Cholera in India, 1862 to 1881
Year: 1862
Disease focus: Cholera
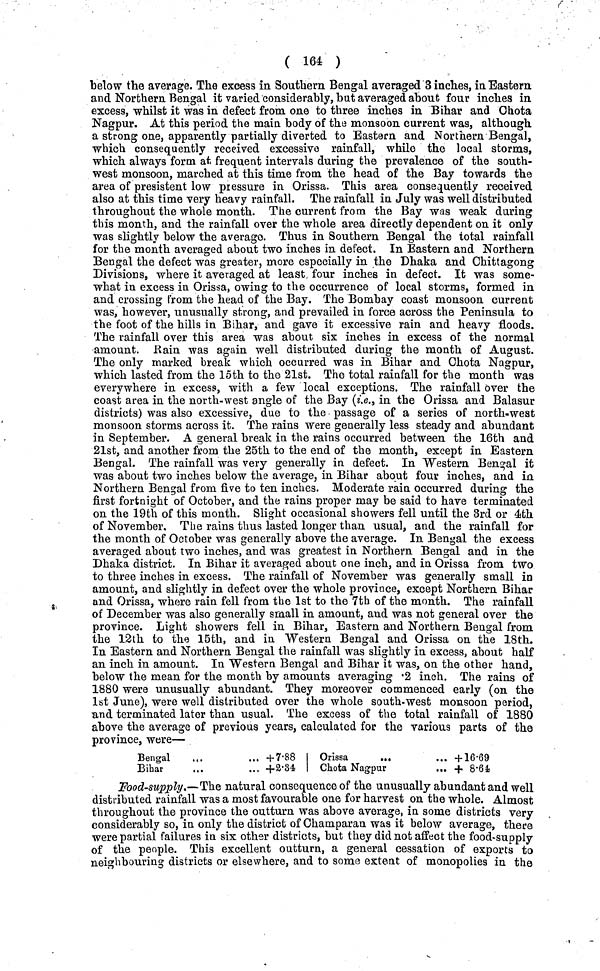
( 164 )
below the average. The excess in Southern Bengal averaged 3 inches, in Eastern
and Northern Bengal it varied considerably, bat averaged about four inches in
excess, whilst it was in defect from one to three inches in Bihar and Chota
Nagpur. At this period the main body of the monsoon current was, although
a strong one, apparently partially diverted to Eastern and Nortnern Bengal,
which consequently received excessive rainfall, while the local storms,
which always form at frequent intervals during the prevalence of the south-
west monsoon, marched at this time from the head of the Bay towards the
area of presistent low pressure in Orissa. This area consequently received
also at this time very heavy rainfall. The rainfall in July was well distributed
throughout the whole month. The current from the Bay was weak during
this month, and the rainfall over the whole area directly dependent on it only
was slightly below the average. Thus in Southern Bengal the total rainfall
for the month averaged about two inches in defect. In Eastern and Northern
Bengal the defect was greater, more especially in the Dhaka and Chittagong
Divisions, where it averaged at least four inches in defect. It was some-
what in excess in Orissa, owing to the occurrence of local storms, formed in
and crossing from the head of the Bay. The Bombay coast monsoon current
was, however, unusually strong, and prevailed in force across the Peninsula to
the foot of the hills in Bihar, and gave it excessive rain and heavy floods.
The rainfall over this area was about six inches in excess of the normal
amount. Rain was again well distributed during the month of August.
The only marked break which occurred was in Bihar and Chota Nagpur,
which lasted from the loth to the 21st. The total rainfall for the month was
everywhere in excess, with a few local exceptions. The rainfall over the
coast area in the north-west angle of the Bay (i.e., in the Orissa and Balasur
districts) was also excessive, due to the passage of a series of north-west
monsoon storms across it. The rains were generally less steady and abundant
in September. A general break in the rains occurred between the 16th and
21st, and another from the 25th to the end of the month, except in Eastern
Bengal. The rainfall was very generally in. defect. In Western Bengal it
was about two inches below the average, in Bihar about four inches, and in
Northern Bengal from five to ten inches. Moderate rain occurred during the
first fortnight of October, and the rains proper may be said to have terminated
on the 19th of this month. Slight occasional showers fell until the 3rd or 4th
of November, The rains thus lasted longer than usual, and the rainfall for
the month of October was generally above the average. In Bengal the excess
averaged about two inches, and was greatest in Northern Bengal and in the
Dhaka district. In Bihar it averaged about one inch, and in Orissa from two
to three inches in excess. The rainfall of November was generally small in
amount, and slightly in defect over the whole province, except Northern Bihar
and Orissa, where rain fell from the 1st to the 7th of the month. The rainfall
of December was also generally small in amount, and was not general over the
province. Light showers fell in Bihar, Eastern and Northern Bengal from
the 12th to the 15th, and in Western Bengal and Orissa on the 18th.
In Eastern and Northern Bengal the rainfall was slightly in excess, about half
an inch in amount. In Western Bengal and Bihar it was, on the other hand,
below the mean for the month by amounts averaging ·2 inch. The rains of
1880 were unusually abundant. They moreover commenced early (on the
1st June), were well distributed over the whole south-west monsoon period,
and terminated later than usual. The excess of the total rainfall of 1880
above the average of previous years, calculated for the various parts of the
province, were—
Bengal
...
...
Bihar
...
+7·88
+ 2·34
Orissa
...
...
Chota Nagpur
...
+16·69
+ 8·64
Food-supply.—The natural consequence of the unusually abundant and well
distributed rainfall was a most favourable one for harvest on the whole. Almost
throughout the province the outturn was above average, in some districts very
considerably so, in only the district of Champaran was it below average, there
were partial failures in six other districts, but they did not affect the food-supply
of the people. This excellent outturn, a general cessation of exports to
neighbouring districts or elsewhere, and to some extent of monopolies in the